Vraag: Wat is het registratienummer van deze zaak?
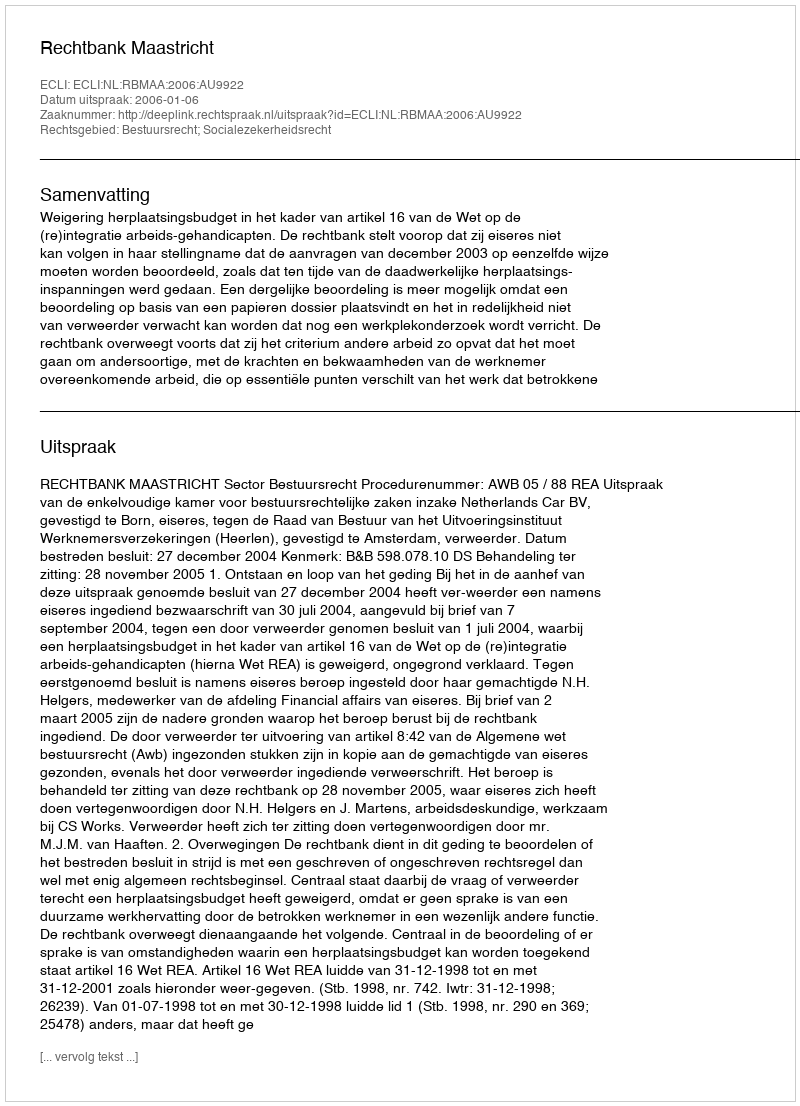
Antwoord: http://deeplink.rechtspraak.nl/uitspraak?id=ECLI:NL:RBMAA:2006:AU9922